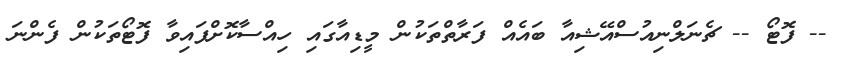
-- ފޮޓޯ -- ޗެނަލްނިއުސްއޭޝިއާ ބައެއް ފަރާތްތަކުން މީޑިއާގައި ހިއްސާކޮށްފައިވާ ފޮޓޯތަކުން ފެންނަ